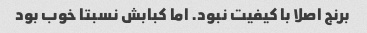
برنج اصلا با کیفیت نبود. اما کبابش نسبتا خوب بود